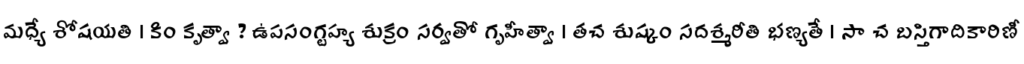
మధ్యే శోషయతి । కిం కృత్వా ? ఉపసంగ్టహ్య శుక్రం సర్వతో గృహీత్వా । తచ శుష్కం సదశ్మరీతి భణ్యతే । సా చ బస్తిగాదికారిణీ